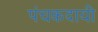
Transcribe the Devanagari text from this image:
पंचकदायी